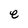
Character: e